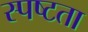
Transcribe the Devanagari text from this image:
स्‍पष्टता